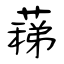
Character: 蕛